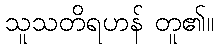
သူသတိရဟန် တူ၏။